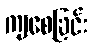
ကျစေခြင်း